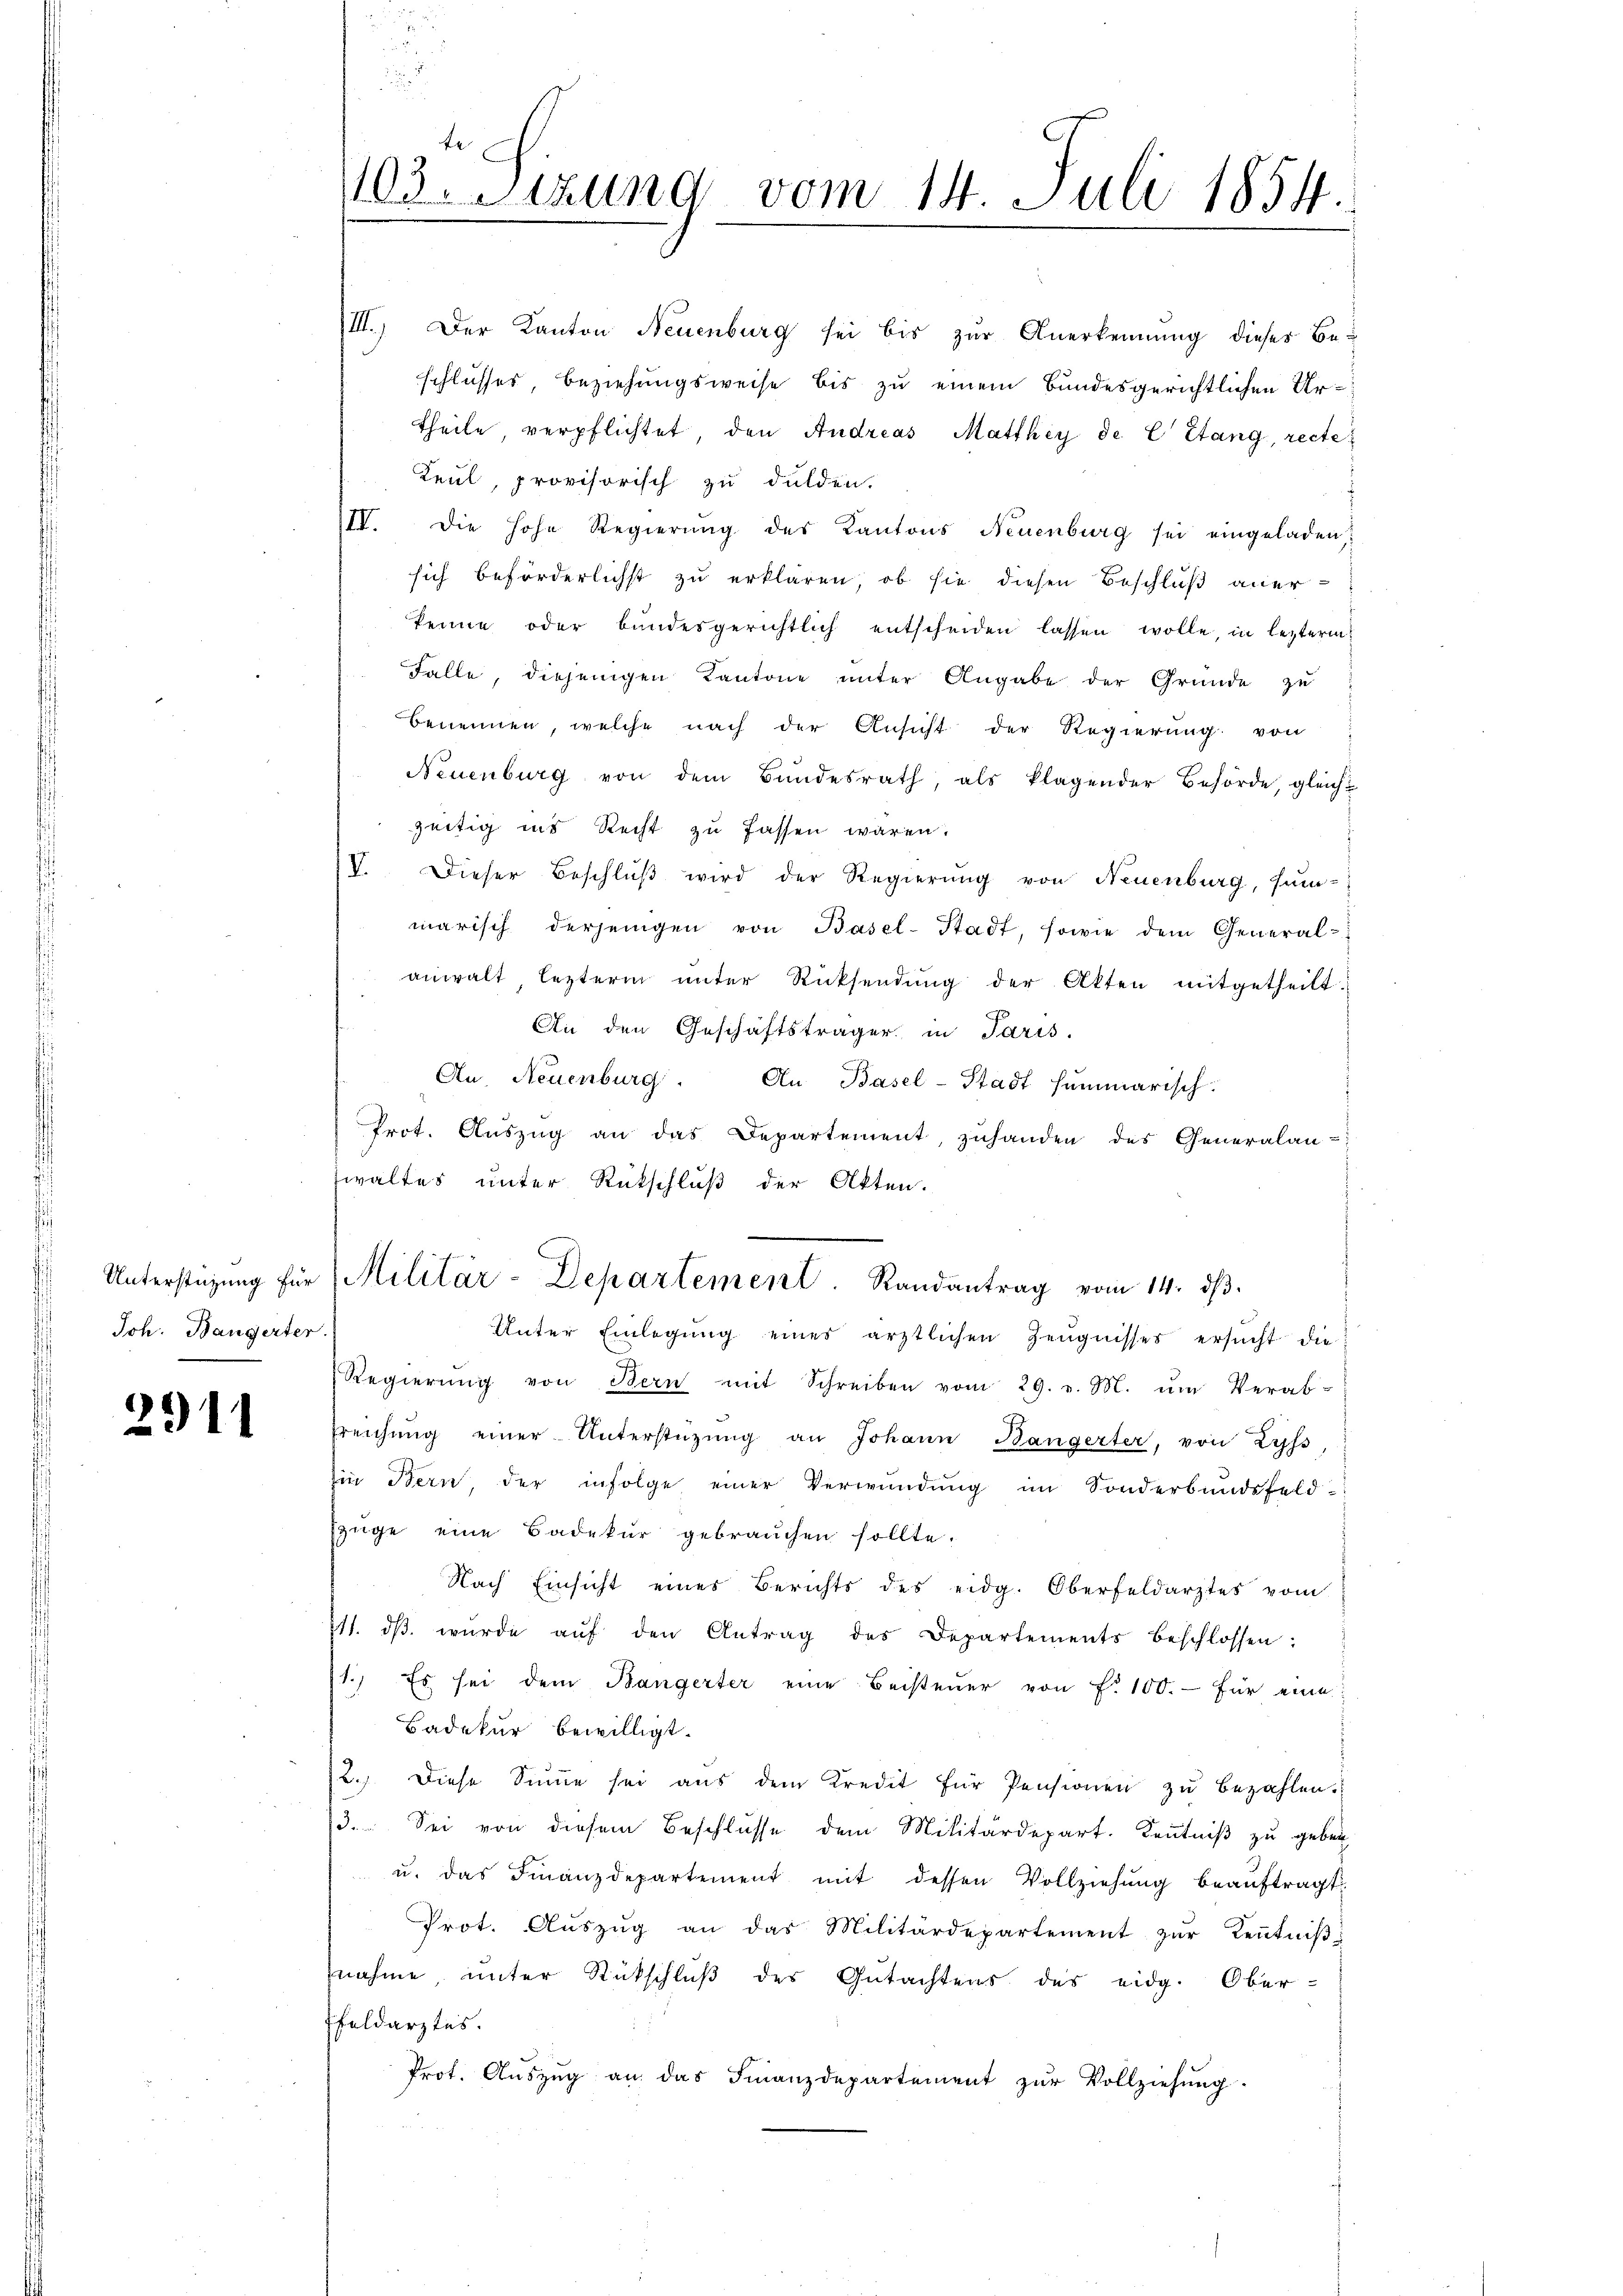
Joh. Bangerter.

2911

III. Der Kanton Neuenburg sei bis zur Anerkennung dieses Be-
schlusses Beziehungsweise bis zu einem Bundesgerichtlichen Urtheile verpflichtet, den Andreas Matthey de C Stang, recte
Keul, provisorisch zu dulden.
IV. Die hohe Regierŭng des Kantons Neuenburg sei eingeladen,
sich beförderlichst zu erklären, ob sie diesen Beschluß anerkenne oder bundesgerichtlich entscheiden lassen wolle, in lezterm
Falle, diejenigen Kantone unter Angabe der Grunde zu
Benennen, welche nach der Ansicht der Regierung von
Neuenburg von dem Bundesrath, als klagender Behörde, gleich-
zeitig ins Recht zu fassen wären.
V. Dieser Beschluß wird der Regierung von Neuenburg, sum-
marisch derjenigen von Basel-Stadt, sowie dem General-
anwalt lezterm ŭnter Rücksendŭng der Akten mitgetheilt
An den Geschäftsträger in Paris.
An. Neuenburg. An Basel-Stadt summarisch
Prot. Aŭszŭg an das Departement, zŭhanden des Generalan-
waltes unter Rückschluß der Akten.
Unterstüzung für Militär-Departement. Randantrag vom 14. dβ
Unter Einlegung eines ärztlichen Zeŭgnisses ersucht die
Regierŭng von Bern mit Schreiben vom 29. v. M. ŭm Verab-
freichŭng einer Unterstützŭng an Johann Bangerter, von Lyss
in Bern, der infolge einer Verwundung im Sonderbundsfeld-
Ezüge eine Badekur gebrauchen sollte.
Nach Einsicht eines Berichts des eidg. Oberfeldarztes vom
711. dβ wŭrde aŭf den Antrag des Departements beschlossen:
1.) Es sei dem Bangerter eine Beisteŭer von f. 100.- für eine
Badekur bewilligt.
12. Diese Sinne sei aŭs dem Kredit für Pensionen zŭ bezahlen.
3. Sei von diesem Beschlusse dem Militärdepart. Kenntniß zu geben
u. das Finanzdepartement mit dessen Vollziehung beauftragt.
Prot. Aŭszŭg an das Militärdepartement zŭr Keṅtniβ-
nahme, unter Rückschluß des Gutachtens des eidg. Ober-
Pfeldarztes.
Prot. Aŭszŭg an das Finanzdepartement zŭr Vollziehŭng.

te
103. Stund vom 14. Juli 1854.